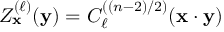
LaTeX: Z _ { \mathbf { x } } ^ { ( \ell ) } ( { \mathbf { y } } ) = C _ { \ell } ^ { ( ( n - 2 ) / 2 ) } ( { \mathbf { x } } \cdot { \mathbf { y } } )